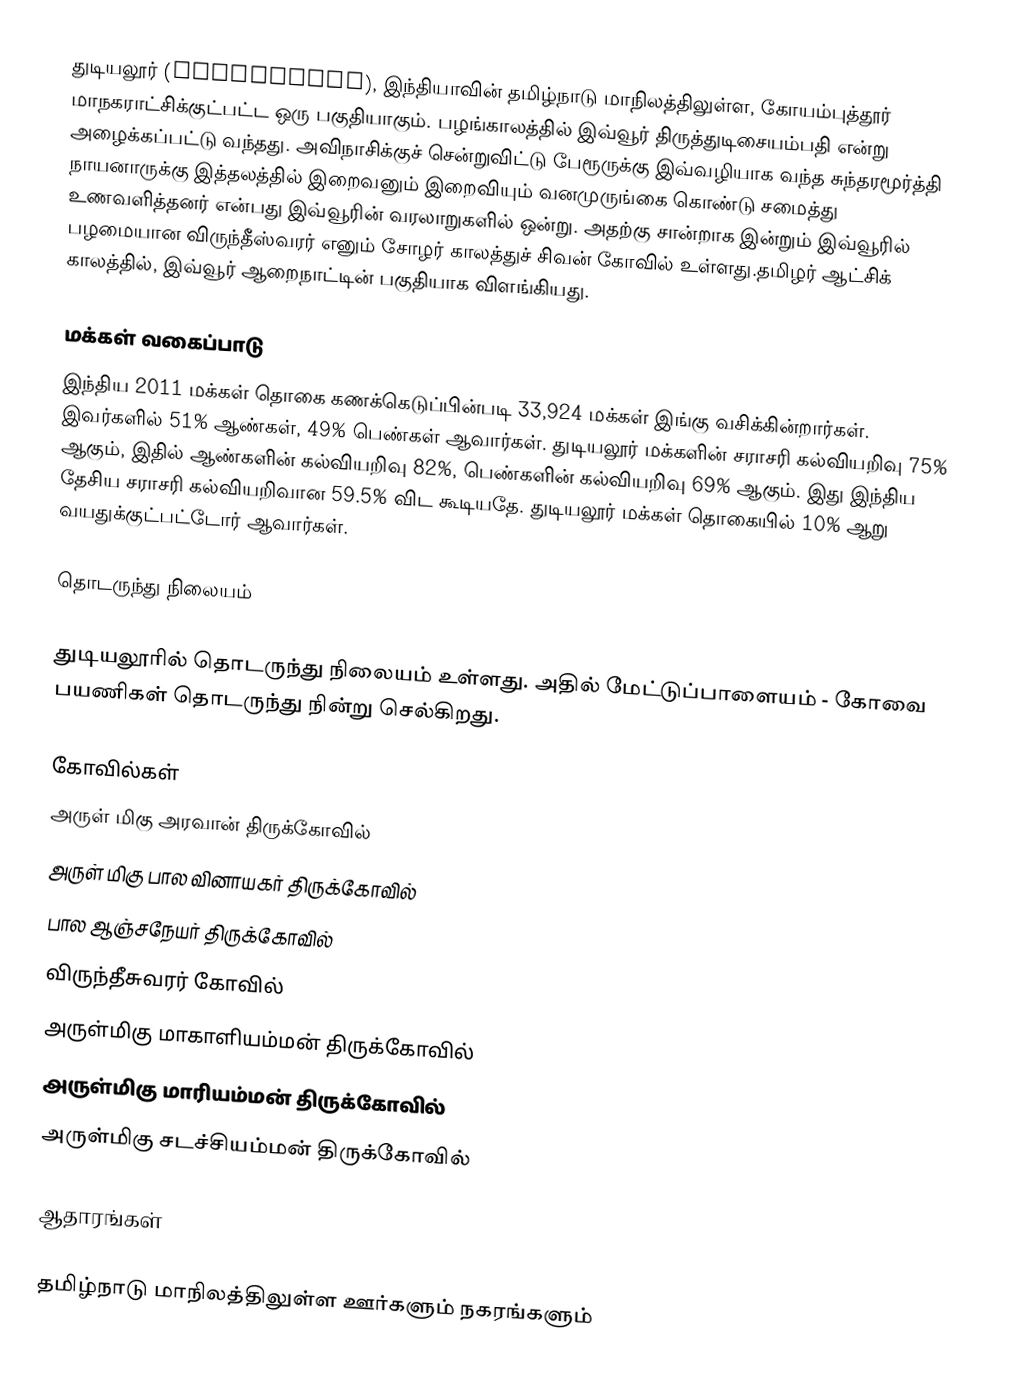
துடியலூர் (Thudiyalur), இந்தியாவின் தமிழ்நாடு மாநிலத்திலுள்ள, கோயம்புத்தூர் மாநகராட்சிக்குட்பட்ட ஒரு பகுதியாகும். பழங்காலத்தில் இவ்வூர் திருத்துடிசையம்பதி என்று அழைக்கப்பட்டு வந்தது. அவிநாசிக்குச் சென்றுவிட்டு பேரூருக்கு இவ்வழியாக வந்த சுந்தரமூர்த்தி நாயனாருக்கு இத்தலத்தில் இறைவனும் இறைவியும் வனமுருங்கை கொண்டு சமைத்து உணவளித்தனர் என்பது இவ்வூரின் வரலாறுகளில் ஒன்று.  அதற்கு சான்றாக இன்றும் இவ்வூரில் பழமையான விருந்தீஸ்வரர் எனும் சோழர் காலத்துச் சிவன் கோவில் உள்ளது.தமிழர் ஆட்சிக் காலத்தில், இவ்வூர் ஆறைநாட்டின் பகுதியாக விளங்கியது.

மக்கள் வகைப்பாடு
இந்திய 2011 மக்கள் தொகை கணக்கெடுப்பின்படி 33,924 மக்கள் இங்கு வசிக்கின்றார்கள். இவர்களில் 51% ஆண்கள், 49% பெண்கள் ஆவார்கள். துடியலூர் மக்களின் சராசரி கல்வியறிவு 75% ஆகும், இதில் ஆண்களின் கல்வியறிவு 82%,  பெண்களின் கல்வியறிவு 69% ஆகும். இது இந்திய தேசிய சராசரி கல்வியறிவான 59.5% விட கூடியதே. துடியலூர் மக்கள் தொகையில் 10% ஆறு வயதுக்குட்பட்டோர் ஆவார்கள்.

தொடருந்து நிலையம்

துடியலூரில் தொடருந்து நிலையம் உள்ளது. அதில் மேட்டுப்பாளையம் - கோவை பயணிகள் தொடருந்து நின்று செல்கிறது.

கோவில்கள்
 அருள் மிகு அரவான் திருக்கோவில்
 அருள் மிகு பால வினாயகர் திருக்கோவில்
 பால ஆஞ்சநேயர் திருக்கோவில்
 விருந்தீசுவரர் கோவில்
 அருள்மிகு மாகாளியம்மன் திருக்கோவில்
 அருள்மிகு மாரியம்மன் திருக்கோவில்
 அருள்மிகு சடச்சியம்மன் திருக்கோவில்

ஆதாரங்கள்

தமிழ்நாடு மாநிலத்திலுள்ள ஊர்களும் நகரங்களும்